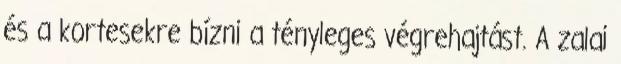
és a kortesekre bízni a tényleges végrehajtást. A zalai